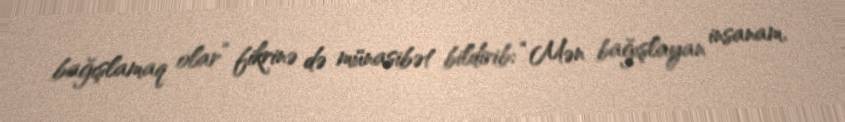
bağışlamaq olar” fikrinə də münasibət bildirib: “Mən bağışlayan insanam.